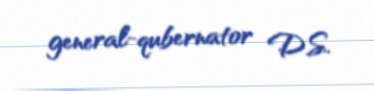
general-qubernator D.S.